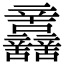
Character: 𨑂